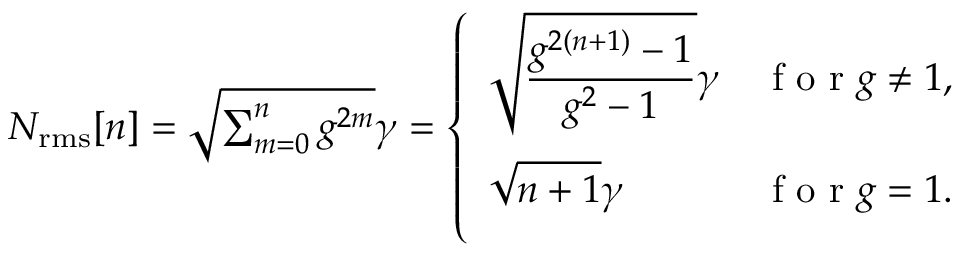
\begin{array} { r } { N _ { \mathrm { r m s } } [ n ] = \sqrt { \sum _ { m = 0 } ^ { n } g ^ { 2 m } } \gamma = \left\{ \begin{array} { l l } { \displaystyle { \sqrt { \frac { g ^ { 2 ( n + 1 ) } - 1 } { g ^ { 2 } - 1 } } \gamma } } & { \mathrm { ~ f ~ o ~ r ~ } g \neq 1 , } \\ { \displaystyle { \vphantom { \Biggl ( } \sqrt { n + 1 } \gamma } } & { \mathrm { ~ f ~ o ~ r ~ } g = 1 . } \end{array} \right. } \end{array}